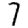
Digit: 7